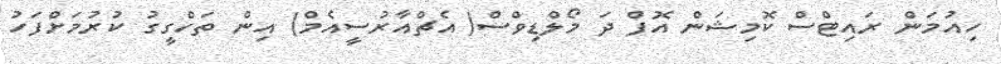
ހިއުމަން ރައިޓްސް ކޮމިޝަން އޮފް ދަ މޯލްޑިވްސް( އެޗްއާރުސީއެމް) އިން ތަހްގީގު ކުރުމަށްފަހު